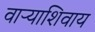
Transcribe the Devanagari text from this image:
वाऱ्याशिवाय